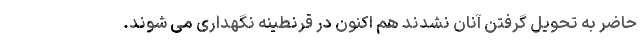
حاضر به تحویل گرفتن آنان نشدند هم اکنون در قرنطینه نگهداری می شوند.